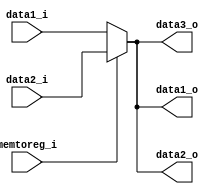
module MUX5
(
	data1_i,
	data2_i,
	memtoreg_i,
	data1_o,
	data2_o,
	data3_o
);

input [31:0] data1_i, data2_i;
input 	    memtoreg_i;
output [31:0] data1_o, data2_o, data3_o;

assign data1_o = (memtoreg_i == 0)? (data1_i):
				data2_i;
assign data2_o = (memtoreg_i == 0)? (data1_i):
				data2_i;
assign data3_o = (memtoreg_i == 0)? (data1_i):
				data2_i;


endmodule